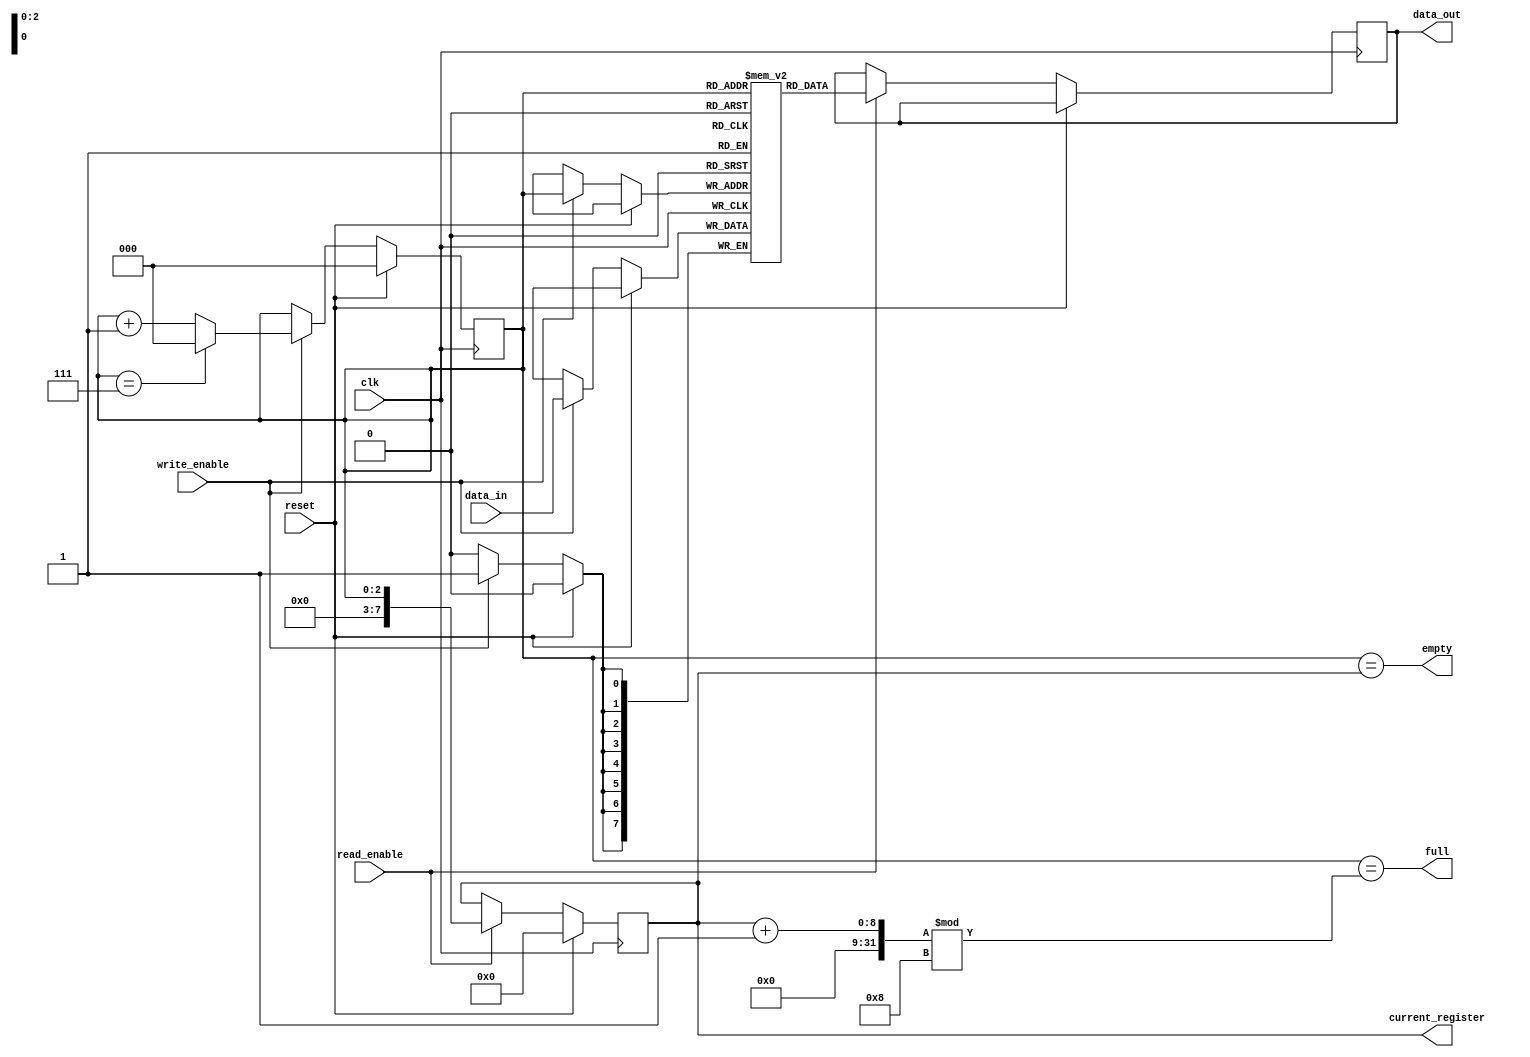
module CircularRegisterFile (
    input wire clk, // clock signal
    input wire reset, // reset signal
    input wire write_enable, // write enable signal
    input wire [7:0] data_in, // data input signal
    output reg [7:0] data_out, // data output signal
    input wire read_enable, // read enable signal
    output reg [7:0] current_register, // current register output signal
    output wire full, // full flag
    output wire empty // empty flag
);

parameter NUM_REGISTERS = 8; // number of registers in the circular register file
parameter REGISTER_SIZE = 8; // size of each register in bits
reg [REGISTER_SIZE-1:0] registers [0:NUM_REGISTERS-1]; // array of registers
reg [2:0] pointer = 3'b000; // pointer to current register

// read logic
always @ (posedge clk) begin
    if (reset) begin
        current_register <= 8'h00; // reset current register
    end else if (read_enable) begin
        data_out <= registers[pointer];
        current_register <= pointer;
    end
end

// write logic
always @ (posedge clk) begin
    if (reset) begin
        pointer <= 3'b000; // reset pointer
    end else if (write_enable) begin
        registers[pointer] <= data_in;
        pointer <= (pointer == NUM_REGISTERS-1) ? 3'b000 : pointer + 1;
    end
end

// full and empty flag logic
assign full = (pointer == ((current_register + 1) % NUM_REGISTERS));
assign empty = (pointer == current_register);

endmodule